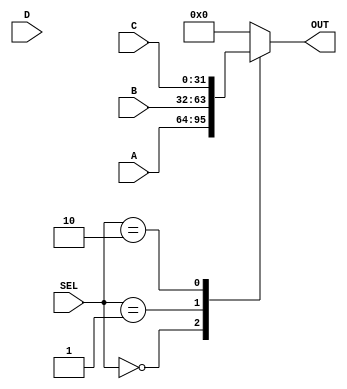
module MUX4x1 (
input   wire    [31:0]  A,
input   wire    [31:0]  B,
input   wire    [31:0]  C,
input   wire    [31:0]  D,
input   wire    [1:0]   SEL,
output  reg     [31:0]  OUT

);

always@(*)
begin
    case(SEL)
        2'b00: OUT = A;
        2'b01: OUT = B;
        2'b10: OUT = C;
        default: OUT = 32'd0;
    endcase
end



endmodule